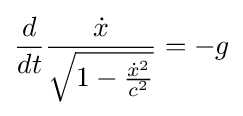
{\frac {d}{dt}}{\frac {\dot {x}}{\sqrt {1-{\frac {{\dot {x}}^{2}}{c^{2}}}}}}=-g